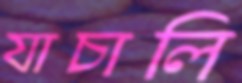
যাচালি